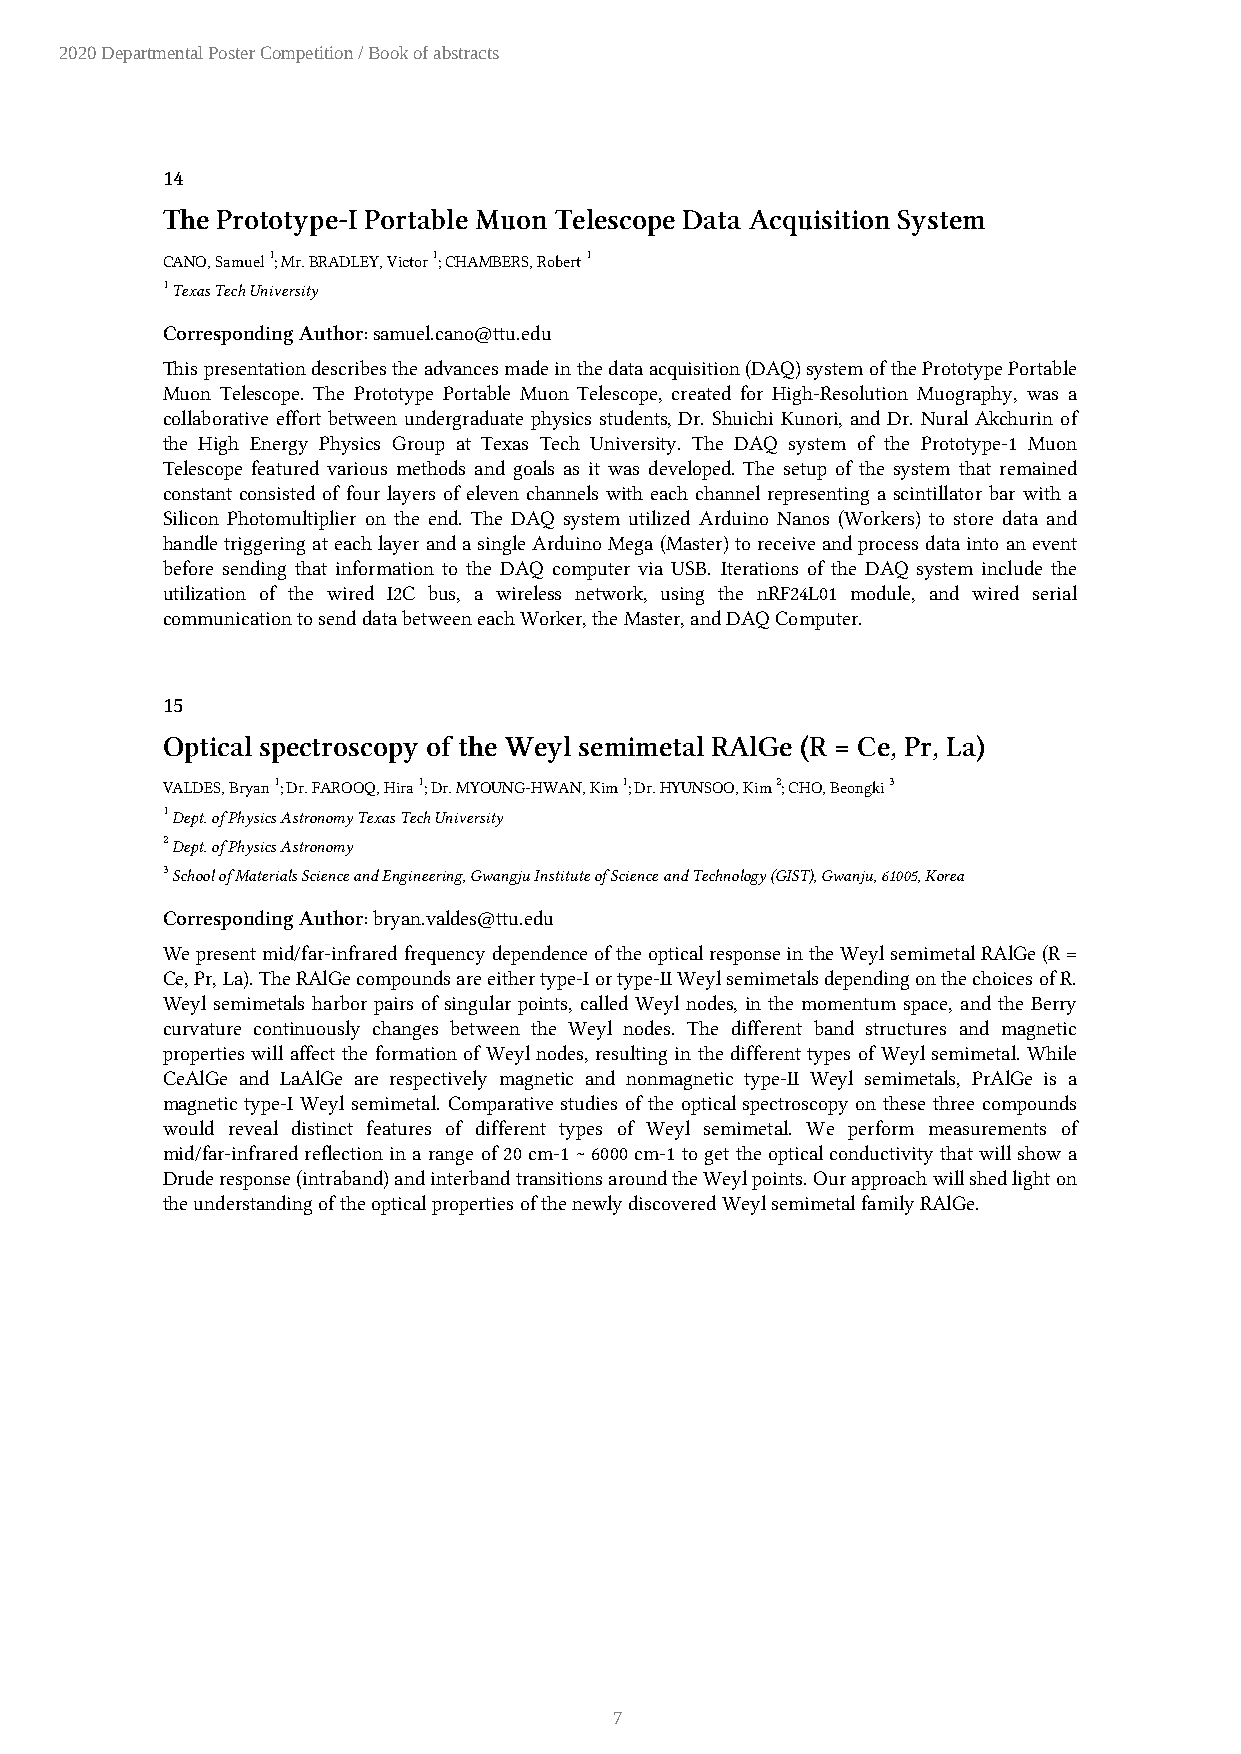
2020 Departmental Poster Competition / Book of abstracts
 14
 The Prototype-I Portable Muon Telescope Data Acquisition System
 CANO, Samuel 1; Mr. BRADLEY, Victor 1; CHAMBERS, Robert 1
 1 Texas Tech University
 Corresponding Author: samuel.cano@ttu.edu
 This presentation describes the advances made in the data acquisition (DAQ) system of the Prototype Portable
 Muon Telescope. The Prototype Portable Muon Telescope, created for High-Resolution Muography, was a
 collaborative effort between undergraduate physics students, Dr. Shuichi Kunori, and Dr. Nural Akchurin of
 the High Energy Physics Group at Texas Tech University. The DAQ system of the Prototype-1 Muon
 Telescope featured various methods and goals as it was developed. The setup of the system that remained
 constant consisted of four layers of eleven channels with each channel representing a scintillator bar with a
 Silicon Photomultiplier on the end. The DAQ system utilized Arduino Nanos (Workers) to store data and
 handle triggering at each layer and a single Arduino Mega (Master) to receive and process data into an event
 before sending that information to the DAQ computer via USB. Iterations of the DAQ system include the
 utilization of the wired I2C bus, a wireless network, using the nRF24L01 module, and wired serial
 communication to send data between each Worker, the Master, and DAQ Computer.
 15
 Optical spectroscopy of the Weyl semimetal RAlGe (R = Ce, Pr, La)
 VALDES, Bryan 1; Dr. FAROOQ, Hira 1; Dr. MYOUNG-HWAN, Kim 1; Dr. HYUNSOO, Kim 2; CHO, Beongki 3
 1 Dept. of Physics Astronomy Texas Tech University
 2 Dept. of Physics Astronomy
 3 School of Materials Science and Engineering, Gwangju Institute of Science and Technology (GIST), Gwanju, 61005, Korea
 Corresponding Author: bryan.valdes@ttu.edu
 We present mid/far-infrared frequency dependence of the optical response in the Weyl semimetal RAlGe (R =
 Ce, Pr, La). The RAlGe compounds are either type-I or type-II Weyl semimetals depending on the choices of R.
 Weyl semimetals harbor pairs of singular points, called Weyl nodes, in the momentum space, and the Berry
 curvature continuously changes between the Weyl nodes. The different band structures and magnetic
 properties will affect the formation of Weyl nodes, resulting in the different types of Weyl semimetal. While
 CeAlGe and LaAlGe are respectively magnetic and nonmagnetic type-II Weyl semimetals, PrAlGe is a
 magnetic type-I Weyl semimetal. Comparative studies of the optical spectroscopy on these three compounds
 would reveal distinct features of different types of Weyl semimetal. We perform measurements of
 mid/far-infrared reflection in a range of 20 cm-1 ~ 6000 cm-1 to get the optical conductivity that will show a
 Drude response (intraband) and interband transitions around the Weyl points. Our approach will shed light on
 the understanding of the optical properties of the newly discovered Weyl semimetal family RAlGe.
 7